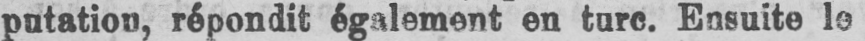
putation, répondit également en turc. Ensuite le